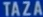
TAZA